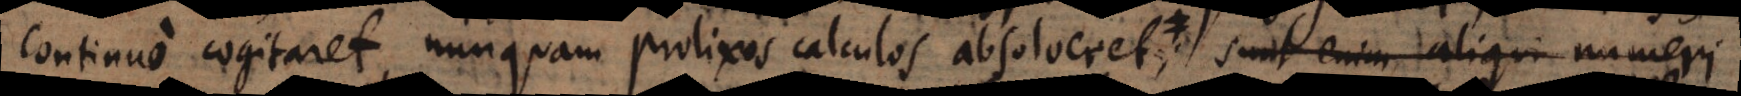
continuo cogitaret, nunquam prolixos calculos absolveret; sunt enim aliqui numeri